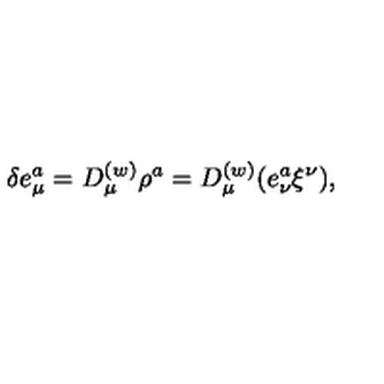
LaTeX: \delta e _ { \mu } ^ { a } = D _ { \mu } ^ { ( w ) } \rho ^ { a } = D _ { \mu } ^ { ( w ) } ( e _ { \nu } ^ { a } \xi ^ { \nu } ) ,